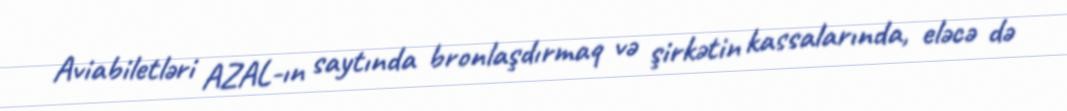
Aviabiletləri AZAL-ın saytında bronlaşdırmaq və şirkətin kassalarında, eləcə də